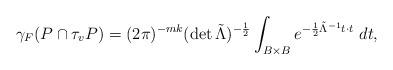
LaTeX: \begin{align*}\gamma_F(P\cap \tau_v P) = (2\pi)^{-mk} (\det \tilde{\Lambda})^{-\frac{1}{2}} \int_{B \times B} e^{-\frac{1}{2} \tilde{\Lambda}^{-1}t \cdot t } \ dt,\end{align*}